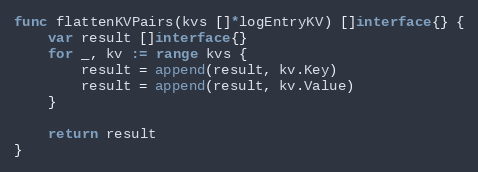
Language: Go
func flattenKVPairs(kvs []*logEntryKV) []interface{} {
	var result []interface{}
	for _, kv := range kvs {
		result = append(result, kv.Key)
		result = append(result, kv.Value)
	}

	return result
}